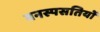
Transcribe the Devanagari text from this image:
वनस्पसतियों